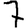
Digit: 7